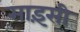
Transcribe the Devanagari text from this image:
साइंसी